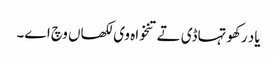
یاد رکھو تہاڈی تے تنخواہ وی لکھاں وچ اے۔